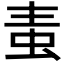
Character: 𧉉